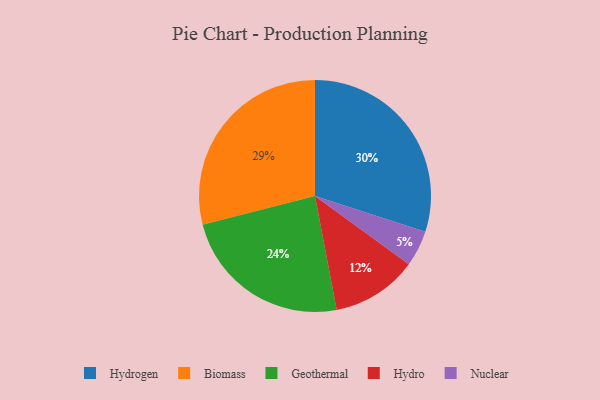
{"axis": {"x": "Category", "y": "Percentage"}, "legend": ["Biomass", "Geothermal", "Hydro", "Hydrogen", "Nuclear"], "data": [{"x": "Hydrogen", "y": 30, "type": "Hydrogen"}, {"x": "Biomass", "y": 29, "type": "Biomass"}, {"x": "Geothermal", "y": 24, "type": "Geothermal"}, {"x": "Nuclear", "y": 5, "type": "Nuclear"}, {"x": "Hydro", "y": 12, "type": "Hydro"}]}